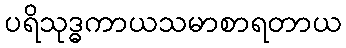
ပရိသုဒ္ဓကာယသမာစာရတာယ